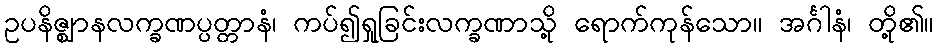
ဥပနိဇ္ဈာနလက္ခဏပ္ပတ္တာနံ၊ ကပ်၍ရှုခြင်းလက္ခဏာသို့ ရောက်ကုန်သော။ အင်္ဂါနံ၊ တို့၏။